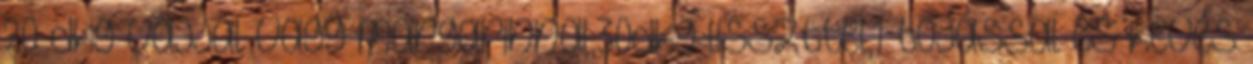
20 dkg vajjal vagy margarinnal,30dkg lisszttel,1 tojással és kevés